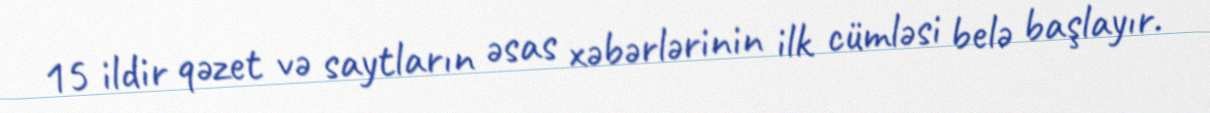
15 ildir qəzet və saytların əsas xəbərlərinin ilk cümləsi belə başlayır.